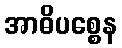
အာဓိပစ္စေန